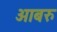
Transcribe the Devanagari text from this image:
आबरु